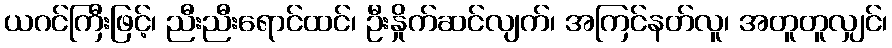
ယဂင်ကြီးဖြင့်၊ ညီးညီးရောင်ထင်၊ ဦးနှိုက်ဆင်လျက်၊ အကြင်နတ်လူ၊ အတူတူလျှင်၊